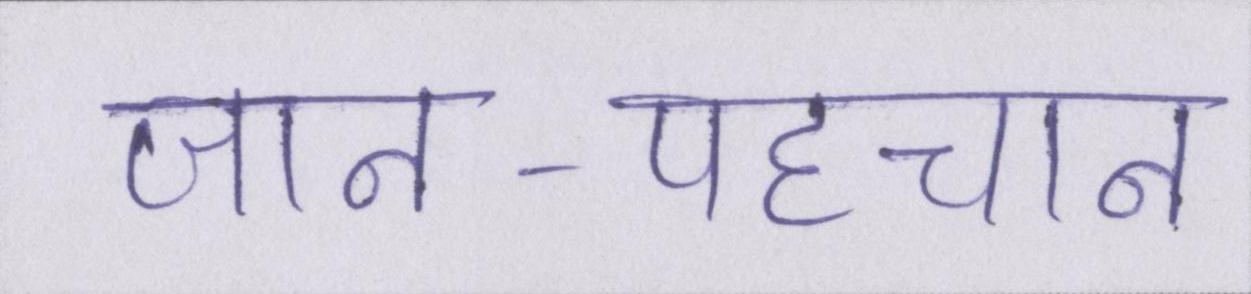
जान-पहचान